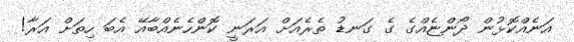
އަނެއްކޮޅުން ދޯންޏެއްގެ ގެ ގަނޑު ތެރެއަށް އަރަނީ ކޮންހެނެއްބާއޭ އެބަ ހިތަށް އަރާ!